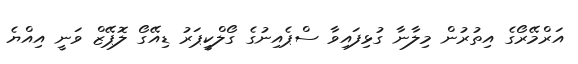
އަރްމޭރޯގެ އިތުރުން މިލާނާ ގުޅިފައިވާ ސްޕެއިނުގެ ގޯލްކީޕަރު ޑިއޭގޯ ލޮޕޭޒް ވަނީ އިއްޔެ